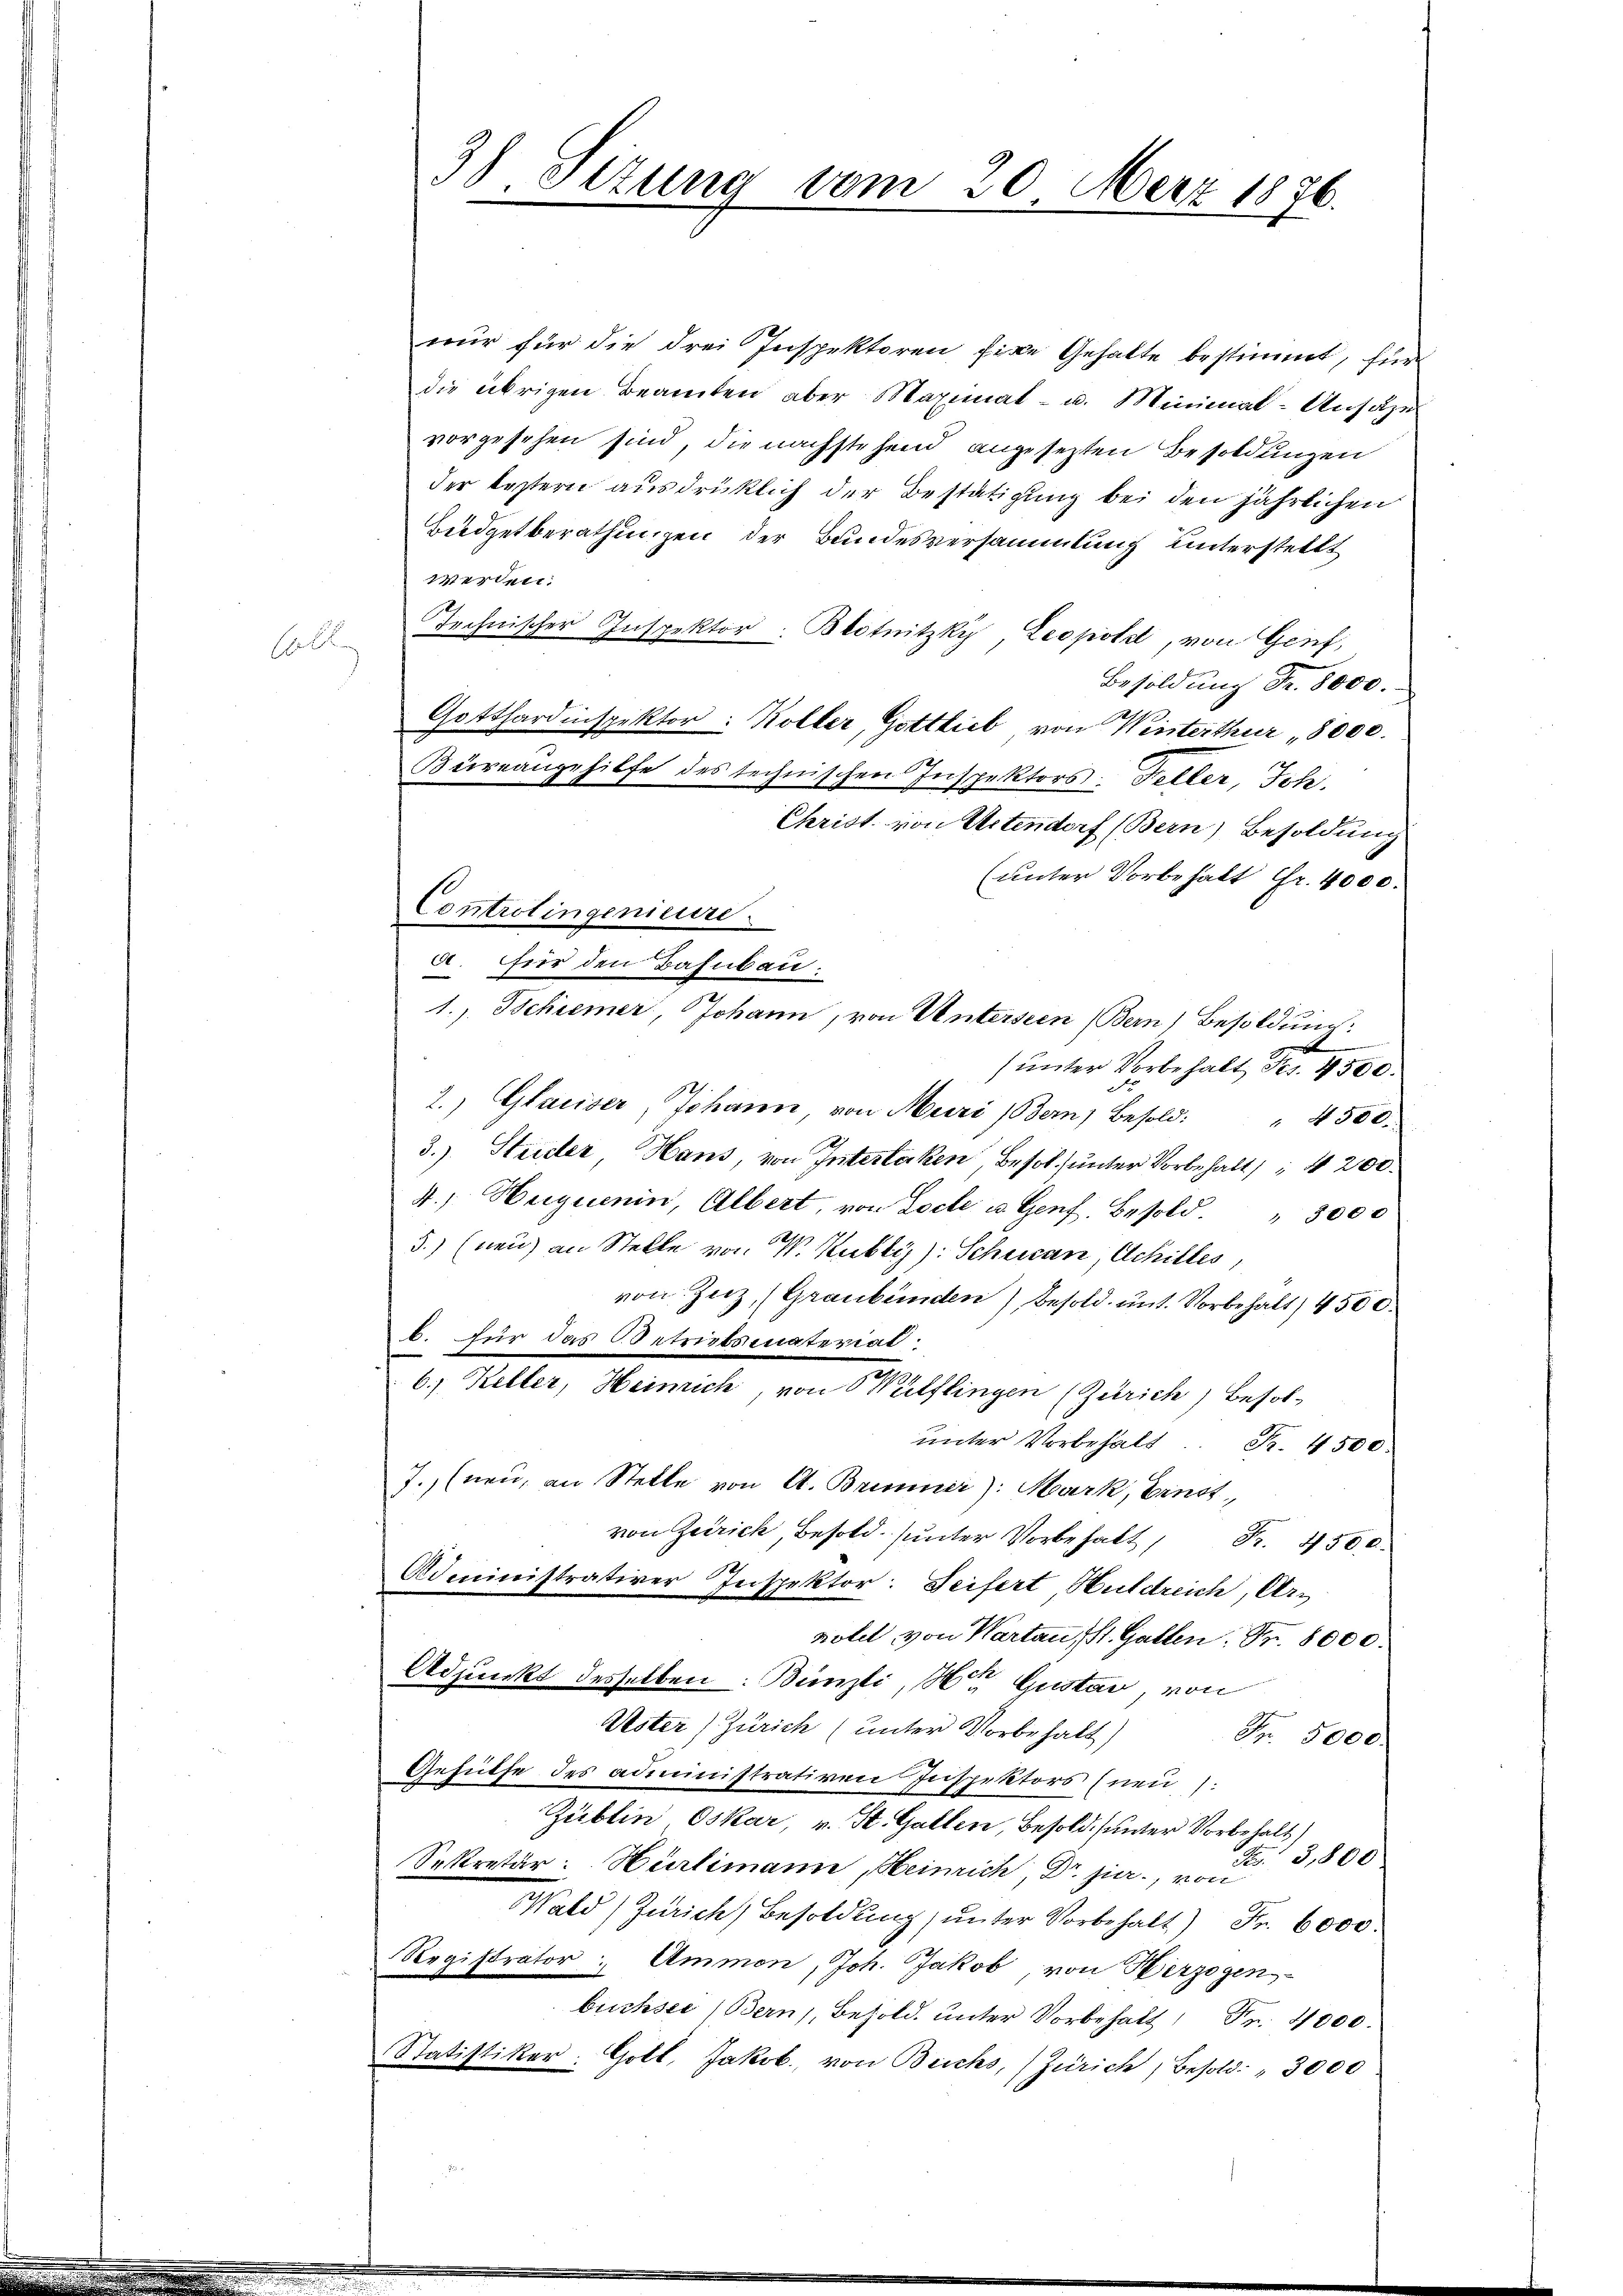
E

3) Sizung vom 20. Merz 1836.

nur für die drei Inspektoren fire Gehalte bestimmt, für
die übrigen Beamten aber Maximat- u. Minimal-Ansätze
vorgesehen sind, die nachstehend angesezten Besoldungen
der leztern ausdrüklich der Bestätigung bei den jährlichen
Büdgetberathungen der Bundesversammlung unterstellt
werden.
Technischer Inspektor. Blotnitzky Leopold, von Genf,
Besoldung Fr. 8000.
Gotthardinspektor: Koller, Gottlieb von Winterthur 8000.
Büreangehilfe des technischen Inspektors Heller, Joh.
Christ. von Artendorf (Bern) Besoldung
(unter Vorbehalt Fr. 4000.
Controlingenieure.
a. für den Bahnbau.
1., Schiener, Johann, von Unterseen (Bern, Besoldung:
(unter Vorbehalt Fr. 4500.
2. Glariser, Johann von Muri (Bern, Besold: " 4500.
3.) Strider, Hans, von Intestaken, Besolunter Vorbehalt, § 200.
4. Heguenin, Albert, von Loche u. Genf, Besold " 3000
5.) (nen) an Stelle von W. Kubli): Schucan, Achilles,
von Zuz, (Graubünden) Besold. unt. Vorbehalt 4500.
b. Für das Betriebsmateriat
6.) Keller, Heinrich, von Wülflingen (Zürich) Besol-
ŭnter Vorbehalt. Fr. 4500.
J. (neu, an Stelle von A. Brinner): Mark, Ernst
von Zürich, Besold. unter Vorbehalt . 4500
Administrativer Inspektor: Seifert Huldreich, Ars
hotel von Warten St. Gallen. Fr. 8000.
Adjunkt desselben: Bünzli, Herr Gustav, von
Uster) Zürich (unter Vorbehalt)
Fr. 5000.
Gehülfe des administrativen Inspektors (neu
Züblin Oskar, v. St. Gallen, Besold unter Vorbehalt
S 3,800
Sekretär: Hürlimann, Heinrich, Dr. jur., von
Wald (Zürich, Besoldung) unter Vorbehalt) Fr. 6000.
Registrator Ammon, Joh. Jakob von Herzogen
büchsee (Bern, Besold. unter Vorbehalt Fr. 4000.
Statistiker: Gott, Jakob. von Buchs, (Zürich, Besold. " 3000